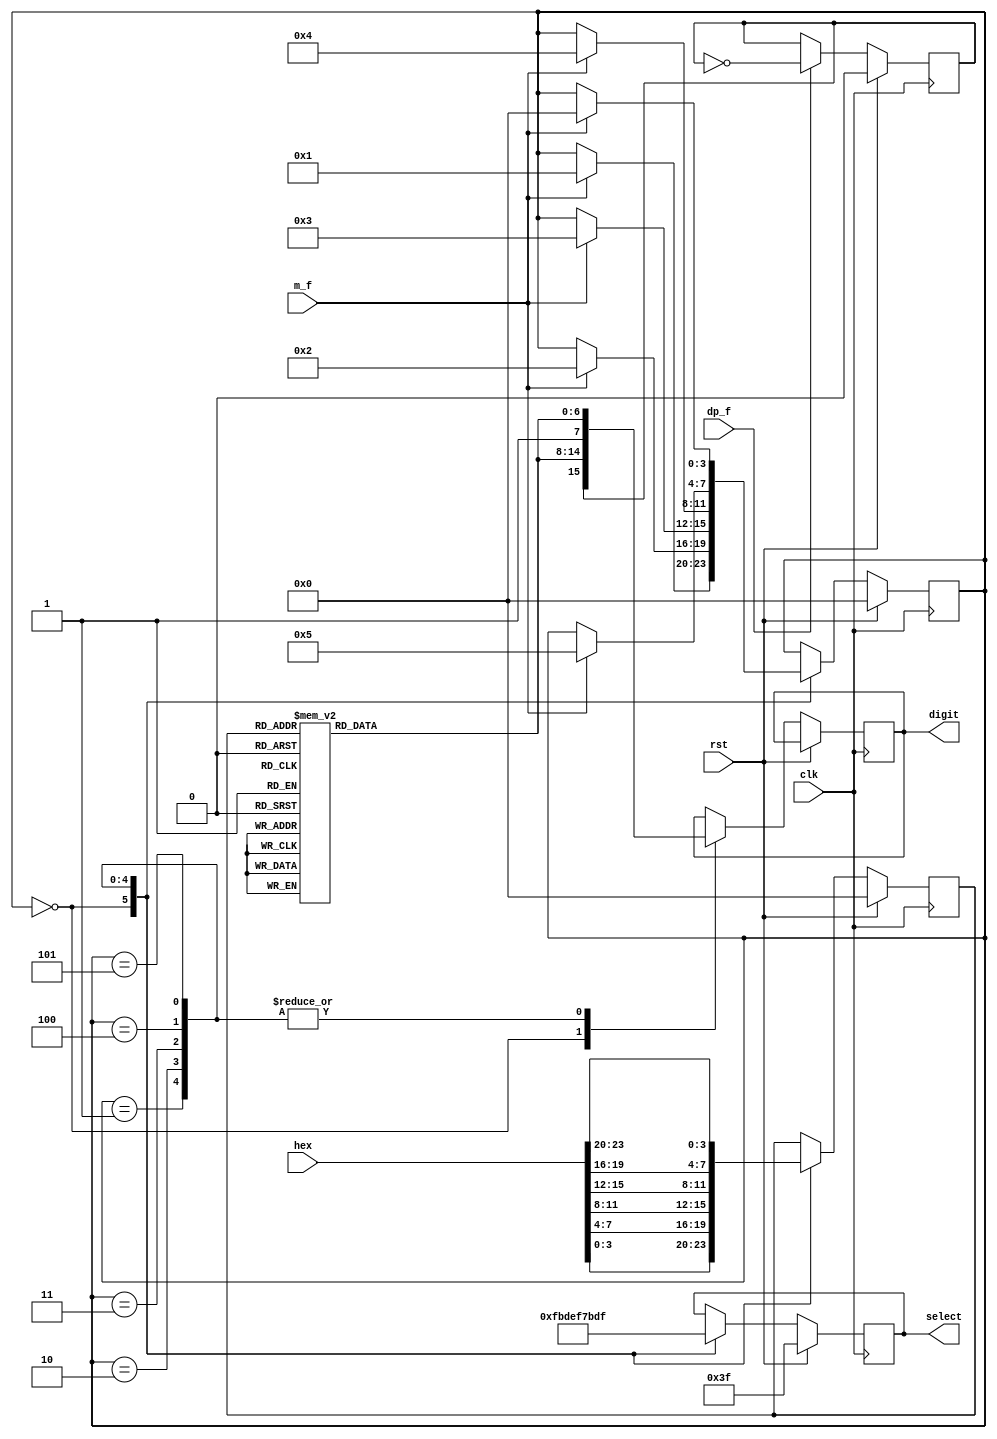
module display_driver(
	input clk,
	input m_f,
	input dp_f,
	input rst,
	input [23:0] hex,
	output reg [7:0] digit,
	output reg [5:0] select
);
	reg [3:0] state;
	reg [3:0] decode;
	always@(posedge clk)begin
		if(rst)begin
			state<=0;
			decode<=0;
			select<=6'b111111;
		end
		else begin
			case(state)
				0:
				begin
					if(m_f)begin
						state<=1;
					end
					decode<=hex[3:0];
					digit <= {dp,num};
					select<=6'b111110;
				end
				1:
				begin
					if(m_f)begin
						state<=2;
					end
					decode<=hex[7:4];
					digit <= {1'b1,num};
					select<=6'b111101;
				end
				2:
				begin
					if(m_f)begin
						state<=3;
					end
					decode<=hex[11:8];
					digit <= {1'b1,num};
					select<=6'b111011;
				end
				3:
				begin
					if(m_f)begin
						state<=4;
					end
					decode<=hex[15:12];
					digit <= {1'b1,num};
					select<=6'b110111;
				end
				4:
				begin
					if(m_f)begin
						state<=5;
					end
					decode<=hex[19:16];
					digit <= {1'b1,num};
					select<=6'b101111;
				end
				5:
				begin
					if(m_f)begin
						state<=0;
					end
					decode<=hex[23:20];
					digit <= {1'b1,num};
					select<=6'b011111;
				end
			endcase
		end
	end
	
	always @ (*)begin
		case (decode)
			0 : num <= 7'b100_0000;
			1 : num <= 7'b111_1001;
			2 : num <= 7'b010_0100;
			3 : num <= 7'b011_0000;
			4 : num <= 7'b001_1001;
			5 : num <= 7'b001_0010;
			6 : num <= 7'b000_0010;
			7 : num <= 7'b111_1000;
			8 : num <= 7'b000_0000;
			9 : num <= 7'b001_0000;
			10 : num <= 7'b000_1000;
			11 : num <= 7'b000_0011;
			12 : num <= 7'b100_0110;
			13 : num <= 7'b010_0001;
			14 : num <= 7'b000_0110;
			15 : num <= 7'b000_1110;
			default : num <= 7'b1000_0000;
		endcase
	end
	
	reg dp;
	reg [6:0] num;
	
	always@(posedge clk)begin
		if(rst)begin
			dp<=1'b0;
		end
		else if(dp_f)begin
			dp<=~dp;
		end
	end
	
endmodule